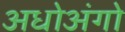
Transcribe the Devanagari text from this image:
अधोअंगो